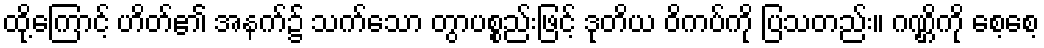
ထို့ကြောင့် ဟိတ်၏ အနက်၌ သက်သော တွာပစ္စည်းဖြင့် ဒုတိယ ဝိကပ်ကို ပြသတည်း။ ဂဏ္ဌိကို စေ့စေ့